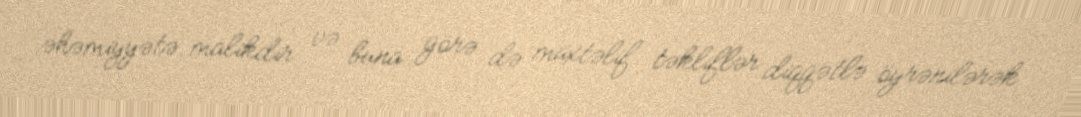
əhəmiyyətə malikdir və buna görə də müxtəlif təkliflər diqqətlə öyrənilərək